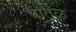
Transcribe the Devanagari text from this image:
पातंळ